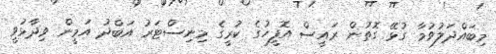
މިބައްދަލުވުމާ ގުޅޭ ގޮތުން ރައީސް އޮފީހުގެ ކުރީގެ މިނިސްޓަރު އަބްދު އަމީން ވިދާޅުވީ